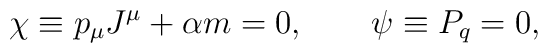
\chi\equiv p_\mu J^\mu+\alpha m=0,\qquad \psi\equiv P_q=0,